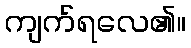
ကျက်ရလေ၏။